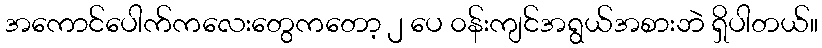
အကောင်ပေါက်ကလေးတွေကတော့ ၂ ပေ ၀န်းကျင်အရွယ်အစားဘဲ ရှိပါတယ်။